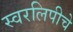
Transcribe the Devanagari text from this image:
स्वरलिपीचे